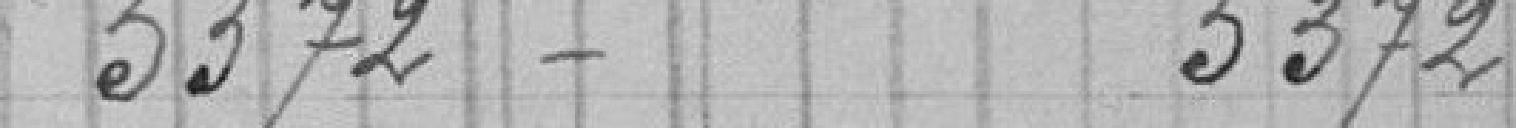
5372 -       5372 -